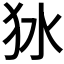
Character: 𤝎